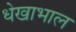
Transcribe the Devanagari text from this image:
धेखाभाल